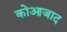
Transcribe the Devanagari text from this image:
कोआजाद